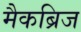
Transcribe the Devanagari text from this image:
मैकब्रिज